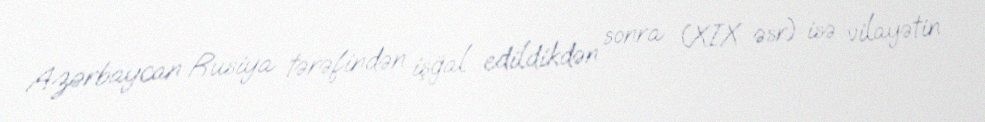
Azərbaycan Rusiya tərəfindən işğal edildikdən sonra (XIX əsr) isə vilayətin